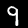
Digit: 9